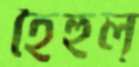
হৈহুল্